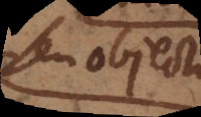
pro objecto